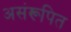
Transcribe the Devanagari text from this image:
असंरूपित